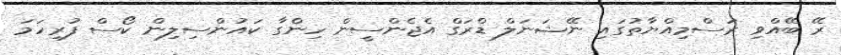
ރޭ ބޭއްވި ރަސްމިއްޔާތުގައި ނޭޝަނަލް ޑްރަގް އެޖެންސީން ހިންގާ ކައުންސިލިން ކޯސް ފުރިހަމަ